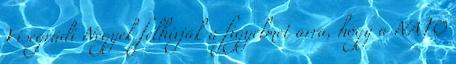
Visegrádi Négyek felhívják a figyelmet arra, hogy a NATO